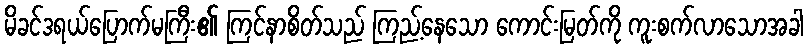
မိခင်ဒရယ်ပြောက်မကြီး၏ ကြင်နာစိတ်သည် ကြည့်နေသော ကောင်းမြတ်ကို ကူးစက်လာသောအခါ